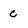
Character: c